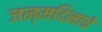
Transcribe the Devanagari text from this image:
जन्‍मदिनाचे